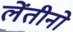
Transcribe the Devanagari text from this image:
लेंतीनो